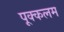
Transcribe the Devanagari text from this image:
पूक्कलम